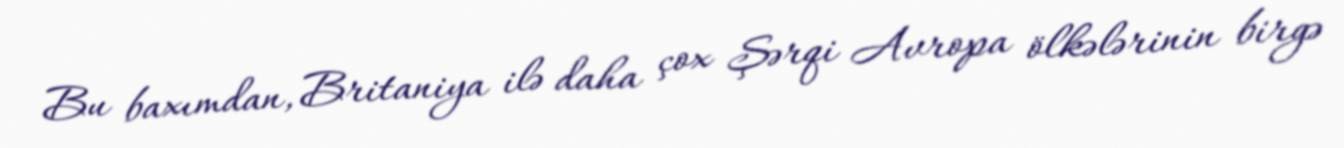
Bu baxımdan, Britaniya ilə daha çox Şərqi Avropa ölkələrinin birgə